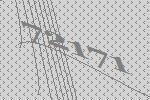
72171